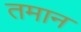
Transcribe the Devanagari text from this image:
तमान